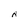
Character: N